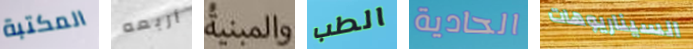
المكتبة أربعه والمبنية الطب الحادية السيناريوهات